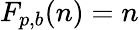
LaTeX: F_{p,b}(n)=n